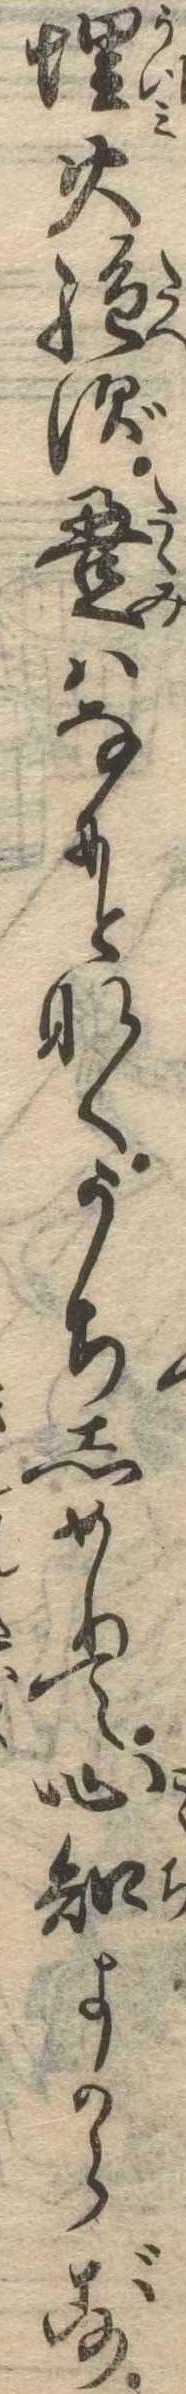
埋火絶ず畳はなにとなくうちしめりて心知よからず